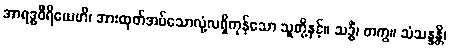
အာရဒ္ဓဝီရိယေဟိ၊ အားထုတ်အပ်သောလုံ့လရှိကုန်သော သူတို့နှင့်။ သဒ္ဓိံ၊ တကွ။ သံသန္ဒန္တိ၊